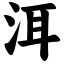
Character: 洱